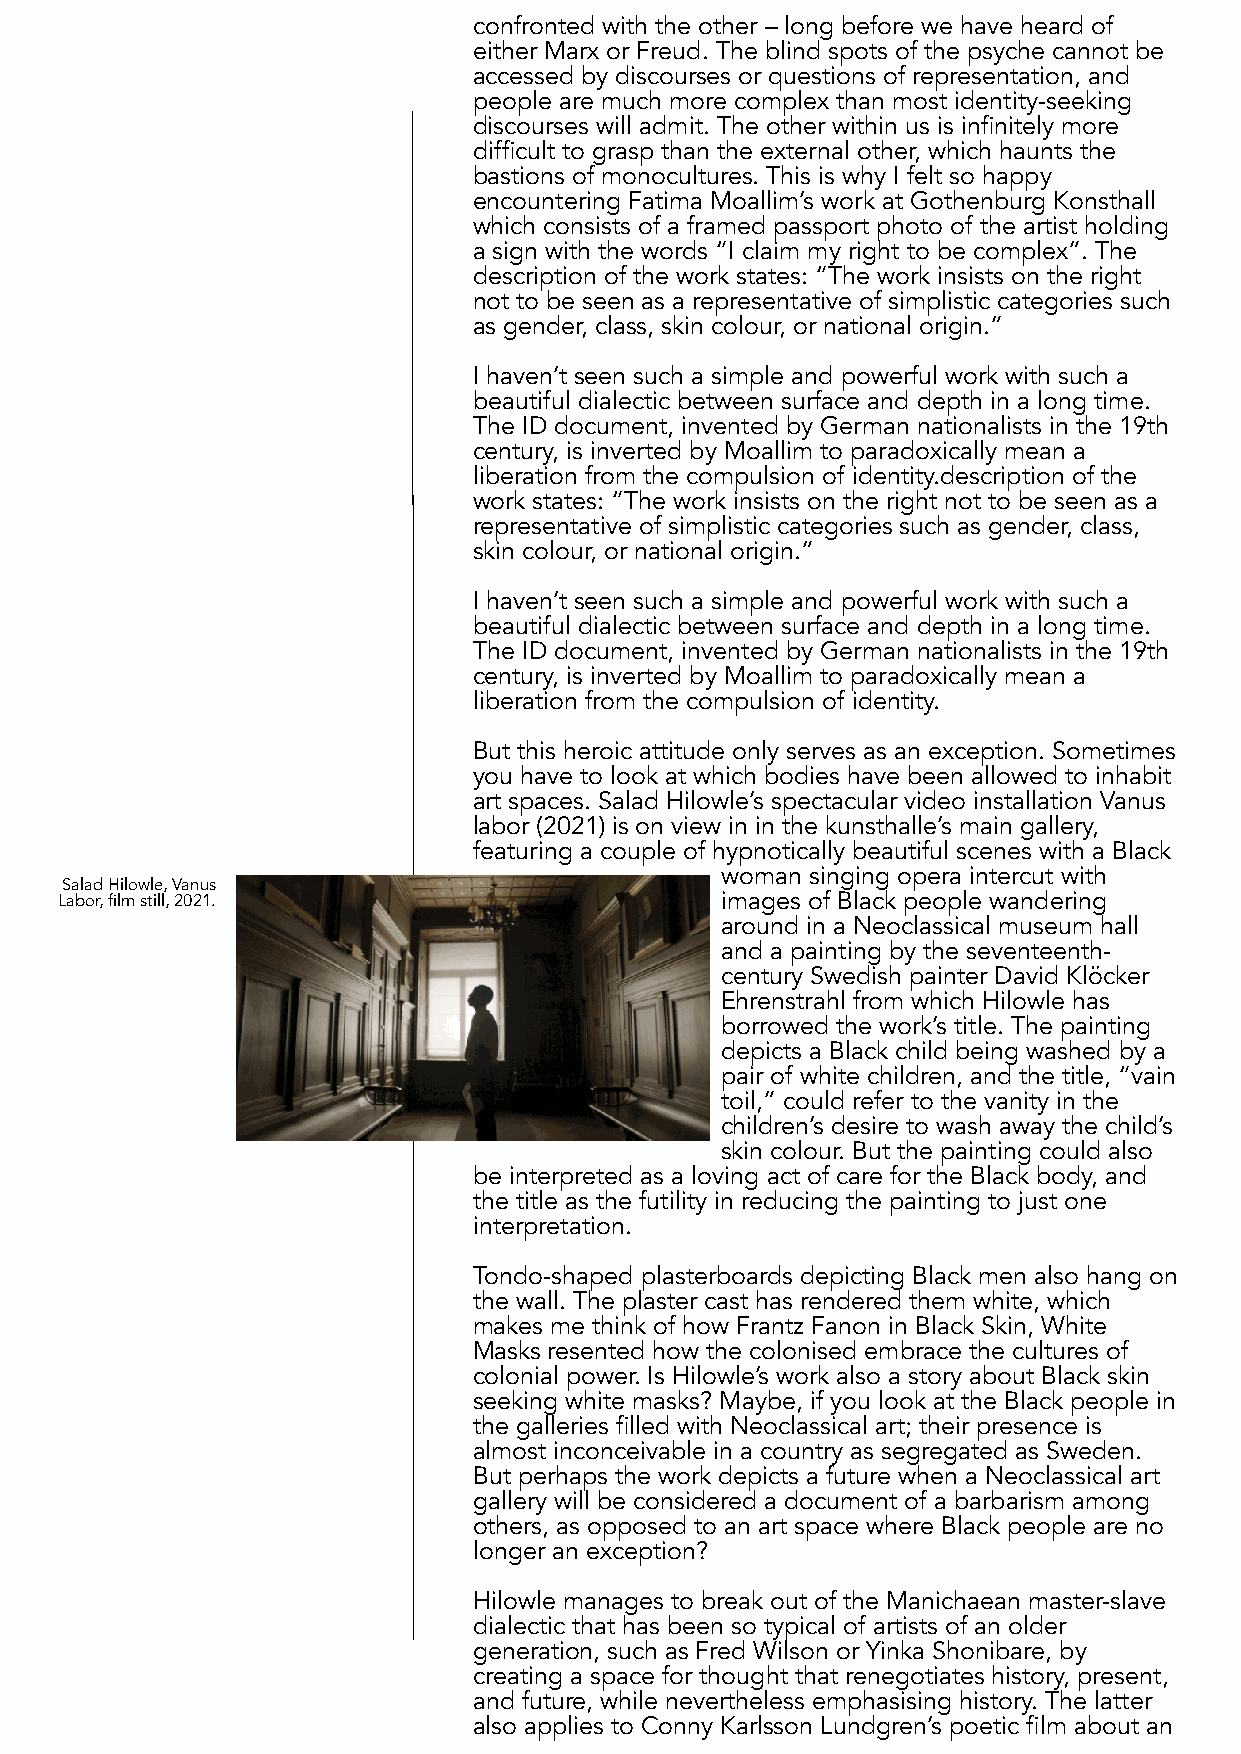
confronted with the other – long before we have heard of
 either Marx or Freud. The blind spots of the psyche cannot be
 accessed by discourses or questions of representation, and
 people are much more complex than most identity-seeking
 discourses will admit. The other within us is infinitely more
 difficult to grasp than the external other, which haunts the
 bastions of monocultures. This is why I felt so happy
 encountering Fatima Moallim’s work at Gothenburg Konsthall
 which consists of a framed passport photo of the artist holding
 a sign with the words “I claim my right to be complex”. The
 description of the work states: “The work insists on the right
 not to be seen as a representative of simplistic categories such
 as gender, class, skin colour, or national origin.”
 I haven’t seen such a simple and powerful work with such a
 beautiful dialectic between surface and depth in a long time.
 The ID document, invented by German nationalists in the 19th
 century, is inverted by Moallim to paradoxically mean a
 liberation from the compulsion of identity.description of the
 work states: “The work insists on the right not to be seen as a
 representative of simplistic categories such as gender, class,
 skin colour, or national origin.”
 I haven’t seen such a simple and powerful work with such a
 beautiful dialectic between surface and depth in a long time.
 The ID document, invented by German nationalists in the 19th
 century, is inverted by Moallim to paradoxically mean a
 liberation from the compulsion of identity.
 But this heroic attitude only serves as an exception. Sometimes
 you have to look at which bodies have been allowed to inhabit
 art spaces. Salad Hilowle’s spectacular video installation Vanus
 labor (2021) is on view in in the kunsthalle’s main gallery,
 featuring a couple of hypnotically beautiful scenes with a Black
 woman singing opera intercut with
 SaladHilowle,Vanus
 Labor,filmstill,2021.                       images of Black people wandering
 around in a Neoclassical museum hall
 and a painting by the seventeenth-
 century Swedish painter David Klöcker
 Ehrenstrahl from which Hilowle has
 borrowed the work’s title. The painting
 depicts a Black child being washed by a
 pair of white children, and the title, “vain
 toil,” could refer to the vanity in the
 children’s desire to wash away the child’s
 skin colour. But the painting could also
 be interpreted as a loving act of care for the Black body, and
 the title as the futility in reducing the painting to just one
 interpretation.
 Tondo-shaped plasterboards depicting Black men also hang on
 the wall. The plaster cast has rendered them white, which
 makes me think of how Frantz Fanon in Black Skin, White
 Masks resented how the colonised embrace the cultures of
 colonial power. Is Hilowle’s work also a story about Black skin
 seeking white masks? Maybe, if you look at the Black people in
 the galleries filled with Neoclassical art; their presence is
 almost inconceivable in a country as segregated as Sweden.
 But perhaps the work depicts a future when a Neoclassical art
 gallery will be considered a document of a barbarism among
 others, as opposed to an art space where Black people are no
 longer an exception?
 Hilowle manages to break out of the Manichaean master-slave
 dialectic that has been so typical of artists of an older
 generation, such as Fred Wilson or Yinka Shonibare, by
 creating a space for thought that renegotiates history, present,
 and future, while nevertheless emphasising history. The latter
 also applies to Conny Karlsson Lundgren’s poetic film about an